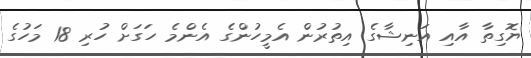
ޔޮގިތާ އާއި އަނިޝާގެ އިތުރުން އެމީހުންގެ އެންމެ ހަގަށް ހުރި 18 މަހުގެ